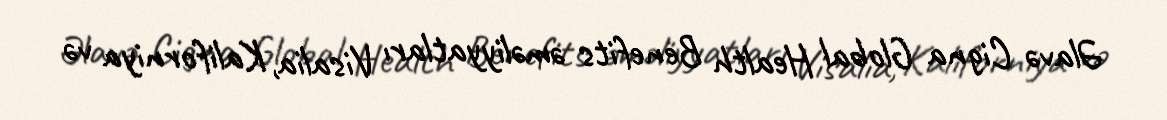
Əlavə Cigna Global Health Benefits əməliyyatları Visalia, Kaliforniya və